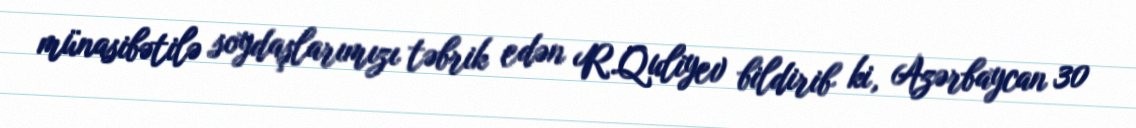
münasibətilə soydaşlarımızı təbrik edən R.Quliyev bildirib ki, Azərbaycan 30